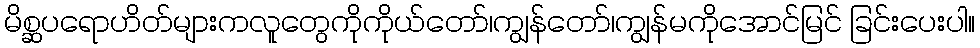
မိစ္ဆပရောဟိတ်များကလူတွေကိုကိုယ်တော်၊ကျွန်တော်၊ကျွန်မကိုအောင်မြင် ခြင်းပေးပါ။